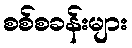
စစ်စခန်းများ